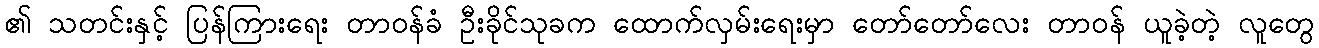
၏ သတင်းနှင့် ပြန်ကြားရေး တာဝန်ခံ ဦးခိုင်သုခက ထောက်လှမ်းရေးမှာ တော်တော်လေး တာဝန် ယူခဲ့တဲ့ လူတွေ